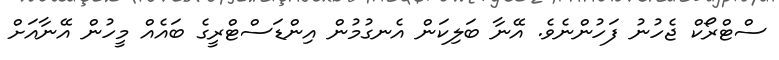
ސްޓްރޯކް ޖެހުނު ފަހުންނެވެ. އޭނާ ބަލިކަން އެނގުމުން އިންޑަސްޓްރީގެ ބައެއް މީހުން އޭނާއަށް